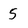
Character: 5